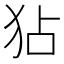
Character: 𤝓